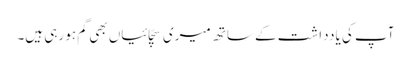
آپ کی یادداشت کے ساتھ میری سچّائیاں بھی گم ہو رہی ہیں۔